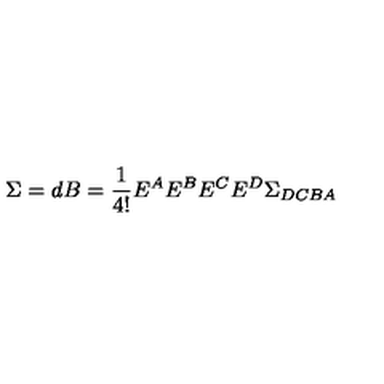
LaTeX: \Sigma = d B = \frac { 1 } { 4 ! } E ^ { A } E ^ { B } E ^ { C } E ^ { D } \Sigma _ { D C B A }